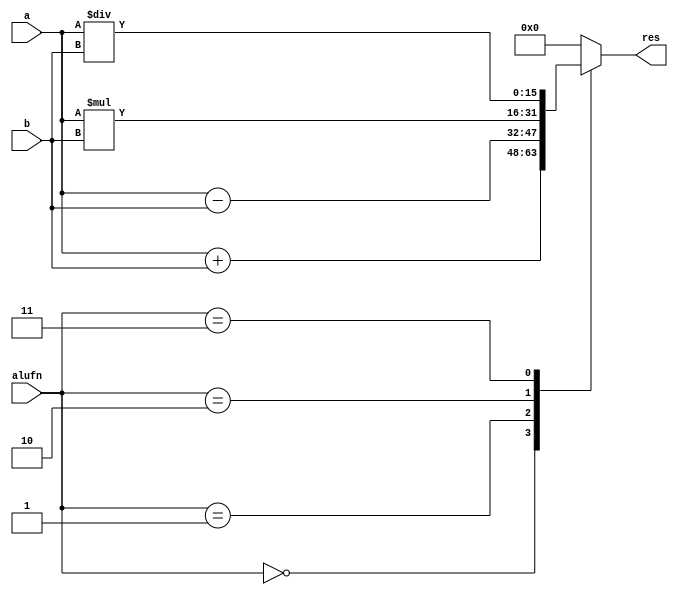
/*
   This file was generated automatically by Alchitry Labs version 1.2.7.
   Do not edit this file directly. Instead edit the original Lucid source.
   This is a temporary file and any changes made to it will be destroyed.
*/

module math_17 (
    input [15:0] a,
    input [15:0] b,
    input [5:0] alufn,
    output reg [15:0] res
  );
  
  
  
  
  always @* begin
    
    case (alufn)
      6'h00: begin
        res = a + b;
      end
      6'h01: begin
        res = a - b;
      end
      6'h02: begin
        res = a * b;
      end
      6'h03: begin
        res = a / b;
      end
      default: begin
        res = 8'h00;
      end
    endcase
  end
endmodule